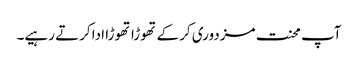
آپ محنت مزدوری کرکے تھوڑا تھوڑا ادا کرتے رہیے۔